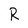
Character: R